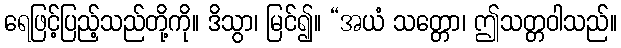
ရေဖြင့်ပြည့်သည်တို့ကို။ ဒိသွာ၊ မြင်၍။ “အယံ သတ္တော၊ ဤသတ္တဝါသည်။